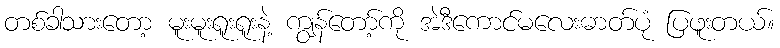
တစ်ခါသားတော့ မူးမူးရူးရူးနဲ့ ကျွန်တော့်ကို အဲဒီကောင်မလေးဓာတ်ပုံ ပြဖူးတယ်။